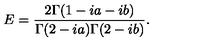
E = { \frac { 2 \Gamma ( 1 - i a - i b ) } { \Gamma ( 2 - i a ) \Gamma ( 2 - i b ) } } .